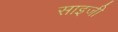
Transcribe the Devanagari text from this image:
साइजी